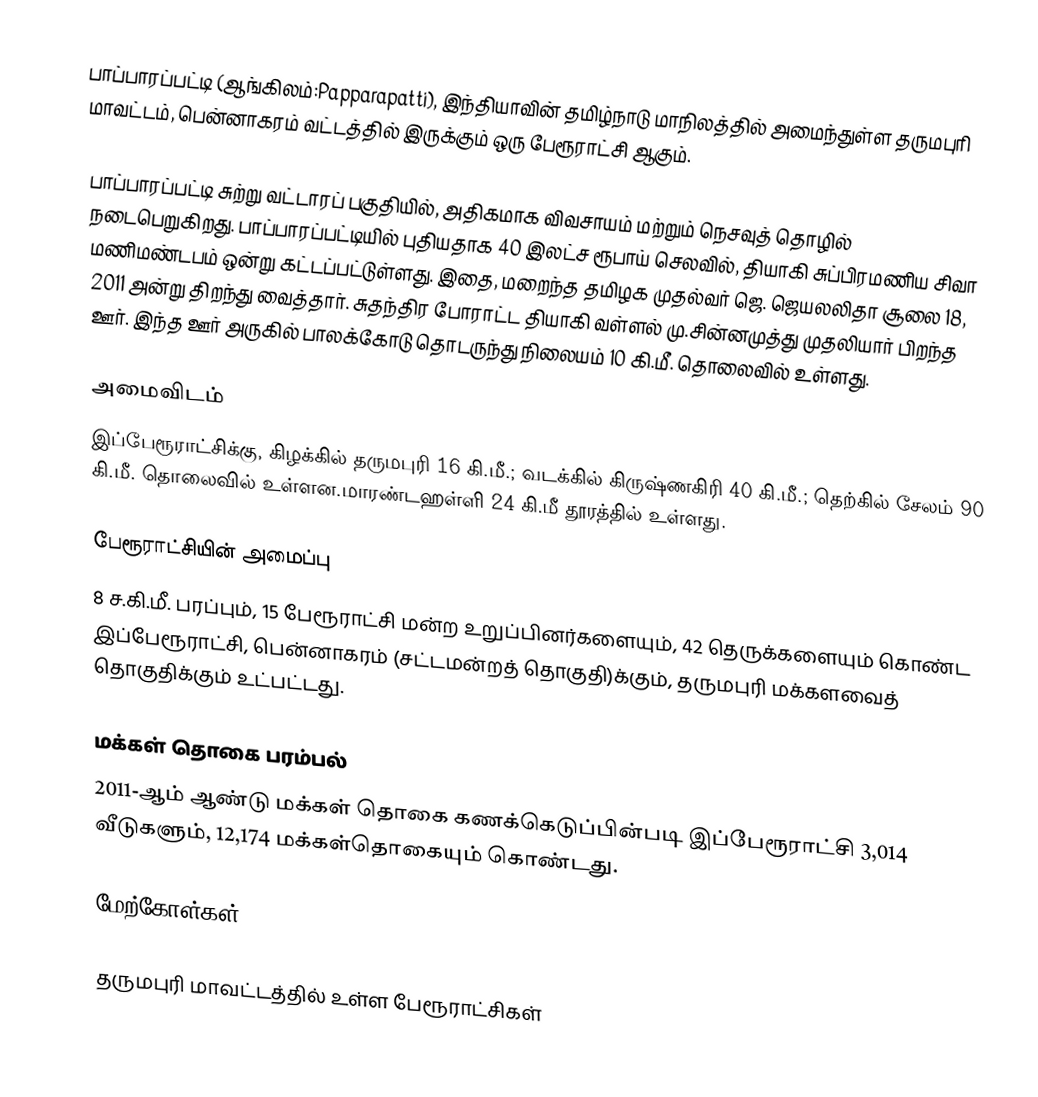
பாப்பாரப்பட்டி (ஆங்கிலம்:Papparapatti), இந்தியாவின் தமிழ்நாடு மாநிலத்தில் அமைந்துள்ள தருமபுரி மாவட்டம், பென்னாகரம் வட்டத்தில் இருக்கும் ஒரு பேரூராட்சி ஆகும்.

பாப்பாரப்பட்டி சுற்று வட்டாரப் பகுதியில், அதிகமாக விவசாயம் மற்றும் நெசவுத் தொழில் நடைபெறுகிறது. பாப்பாரப்பட்டியில் புதியதாக 40 இலட்ச ரூபாய் செலவில், தியாகி சுப்பிரமணிய சிவா மணிமண்டபம் ஒன்று கட்டப்பட்டுள்ளது. இதை, மறைந்த தமிழக முதல்வர் ஜெ. ஜெயலலிதா சூலை 18, 2011 அன்று திறந்து வைத்தார். சுதந்திர போராட்ட தியாகி வள்ளல் மு.சின்னமுத்து முதலியார் பிறந்த ஊர். இந்த ஊர் அருகில் பாலக்கோடு தொடருந்து நிலையம் 10 கி.மீ. தொலைவில் உள்ளது.

அமைவிடம்
இப்பேரூராட்சிக்கு, கிழக்கில்  தருமபுரி 16 கி.மீ.; வடக்கில் கிருஷ்ணகிரி 40 கி.மீ.; தெற்கில் சேலம் 90 கி.மீ. தொலைவில் உள்ளன.மாரண்டஹள்ளி 24 கி.மீ தூரத்தில் உள்ளது.

பேரூராட்சியின் அமைப்பு
8 ச.கி.மீ. பரப்பும், 15 பேரூராட்சி மன்ற உறுப்பினர்களையும், 42 தெருக்களையும் கொண்ட இப்பேரூராட்சி, பென்னாகரம்   (சட்டமன்றத் தொகுதி)க்கும், தருமபுரி மக்களவைத் தொகுதிக்கும் உட்பட்டது.

மக்கள் தொகை பரம்பல்
2011-ஆம் ஆண்டு மக்கள் தொகை கணக்கெடுப்பின்படி  இப்பேரூராட்சி 3,014 வீடுகளும், 12,174 மக்கள்தொகையும் கொண்டது.

மேற்கோள்கள்

தருமபுரி மாவட்டத்தில் உள்ள பேரூராட்சிகள்